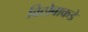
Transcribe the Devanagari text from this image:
विठोबाकडे